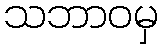
သဘာဝမှ